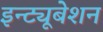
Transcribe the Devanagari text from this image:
इन्ट्यूबेशन